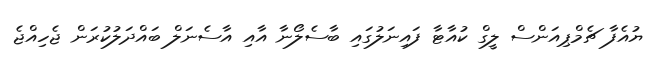
ޔުއެފާ ޗެމްޕިއަންސް ލީގް ކުއާޓާ ފައިނަލުގައި ބާސެލޯނާ އާއި އާސެނަލް ބައްދަލުކުރަން ޖެހިއްޖެ